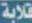
قلابة